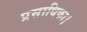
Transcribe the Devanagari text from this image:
प्रसाधिका।